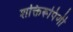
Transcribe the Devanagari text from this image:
शक्तिरूपिणी